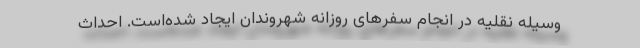
وسیله نقلیه در انجام سفرهای روزانه شهروندان ایجاد شده‌است. احداث